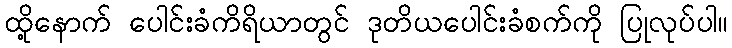
ထို့နောက် ပေါင်းခံကိရိယာတွင် ဒုတိယပေါင်းခံစက်ကို ပြုလုပ်ပါ။